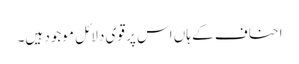
احناف کے ہاں اس پر قوی دلائل موجود ہیں۔